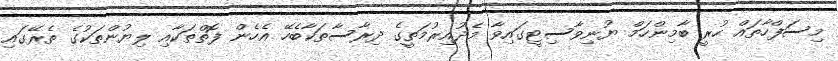
މިސަފްހާތައް ހުރީ ބާމިންހަމް ޔުނިވާސިޓީގައިވާ މެދުއިރުމަތީގެ ދިރާސާތަކާބެހޭ އެހެން ފޮތްތަކާއި ލިޔުންތަކުގެ ތެރޭގައި